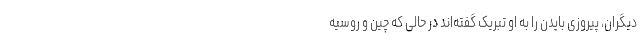
دیگران، پیروزی بایدن را به او تبریک گفته‌اند در حالی که چین و روسیه